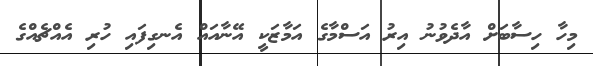
މިހާ ހިސާބަށް އާދެވުނު އިރު އަސްމާގެ އަމާޒަކީ އޭނާއައް އެނގިފައި ހުރި އެއްޗެއްގެ